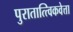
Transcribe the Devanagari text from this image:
पुरातात्त्विकवेत्ता